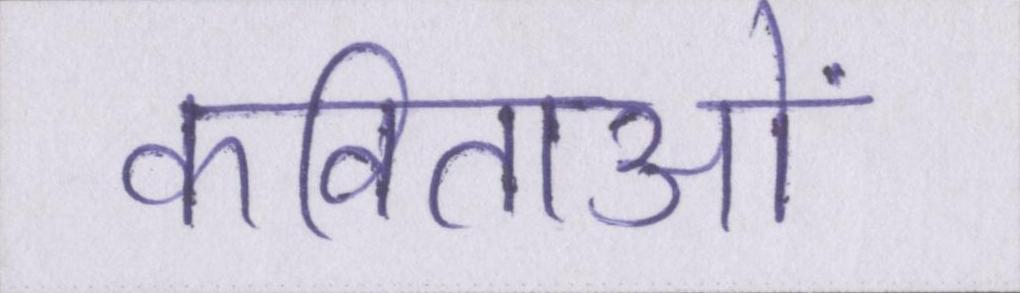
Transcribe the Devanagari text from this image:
कविताओं